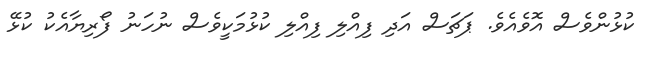
ކުޅުންވެސް އޮވެއެވެ. ޕަޗަސް އަދި ފިއްލި ފިއްލި ކުޅުމަކީވެސް ނުހަނު ފޯރިޔާއެކު ކުޅޭ